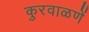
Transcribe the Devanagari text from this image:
कुरवाळणें